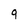
Character: 9